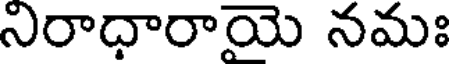
నిరాధారాయె నమః